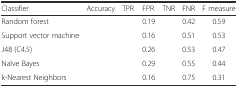
<table><thead><tr><td><b>Classifier</b></td><td><b>Accuracy</b></td><td><b>TPR</b></td><td><b>FPR</b></td><td><b>TNR</b></td><td><b>FNR</b></td><td><b>F measure</b></td></tr></thead><tbody><tr><td>Random forest</td><td>[EMPTY_CELL]</td><td>[EMPTY_CELL]</td><td>0.19</td><td>[EMPTY_CELL]</td><td>0.42</td><td>0.59</td></tr><tr><td>Support vector machine</td><td>[EMPTY_CELL]</td><td>[EMPTY_CELL]</td><td>0.16</td><td>[EMPTY_CELL]</td><td>0.51</td><td>0.53</td></tr><tr><td>J48 (C4.5)</td><td>[EMPTY_CELL]</td><td>[EMPTY_CELL]</td><td>0.26</td><td>[EMPTY_CELL]</td><td>0.53</td><td>0.47</td></tr><tr><td>Naïve Bayes</td><td>[EMPTY_CELL]</td><td>[EMPTY_CELL]</td><td>0.29</td><td>[EMPTY_CELL]</td><td>0.55</td><td>0.44</td></tr><tr><td>k-Nearest Neighbors</td><td>[EMPTY_CELL]</td><td>[EMPTY_CELL]</td><td>0.16</td><td>[EMPTY_CELL]</td><td>0.75</td><td>0.31</td></tr></tbody></table>